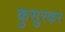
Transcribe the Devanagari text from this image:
कुसुरकर